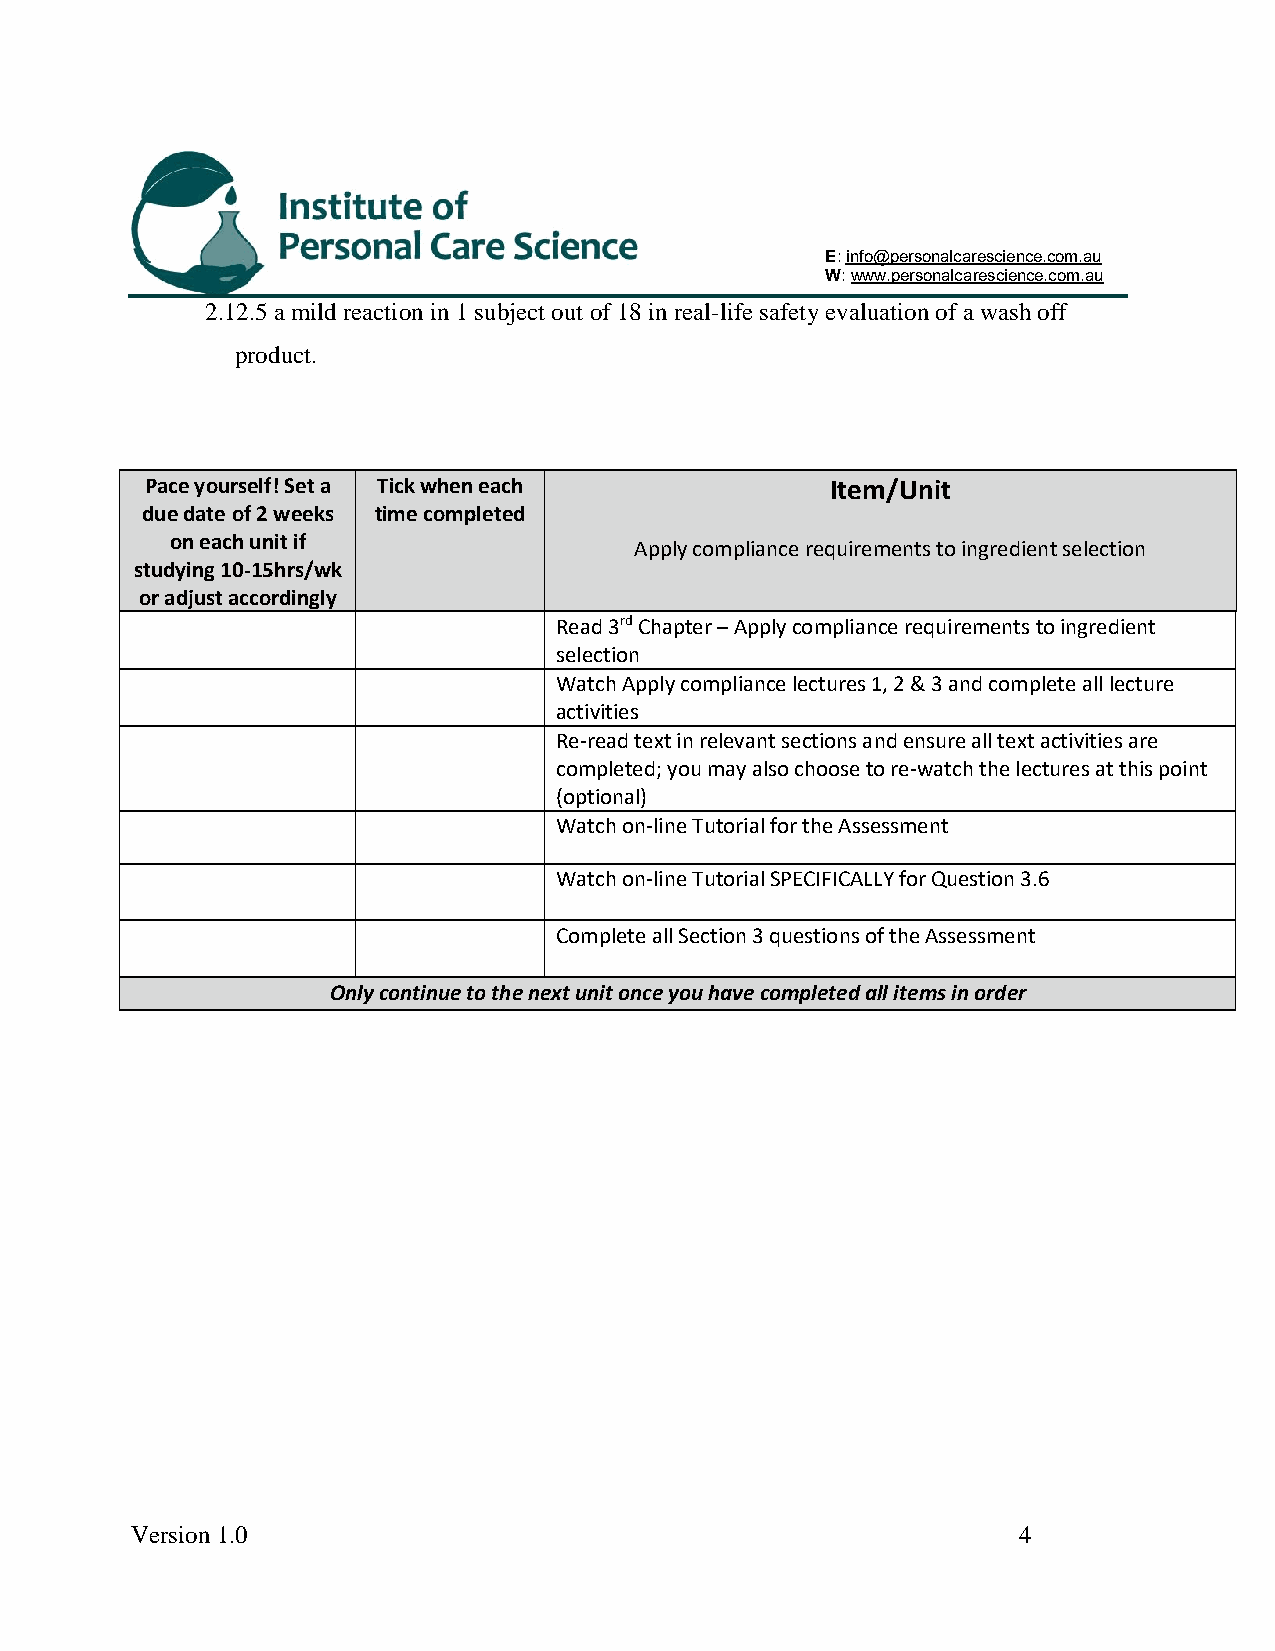
E: info@personalcarescience.com.au
 W: www.personalcarescience.com.au
 2.12.5 a mild reaction in 1 subject out of 18 in real-life safety evaluation of a wash off
 product.
 Pace yourself! Set a Tick when each          Item/Unit
 due date of 2 weeks time completed
 on each unit if
 Apply compliance requirements to ingredient selection
 studying 10-15hrs/wk
 or adjust accordingly
 Read 3rd Chapter – Apply compliance requirements to ingredient
 selection
 Watch Apply compliance lectures 1, 2 & 3 and complete all lecture
 activities
 Re-read text in relevant sections and ensure all text activities are
 completed; you may also choose to re-watch the lectures at this point
 (optional)
 Watch on-line Tutorial for the Assessment
 Watch on-line Tutorial SPECIFICALLY for Question 3.6
 Complete all Section 3 questions of the Assessment
 Only continue to the next unit once you have completed all items in order
 Version 1.0                                               4